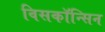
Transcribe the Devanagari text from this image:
विसकॉन्सिन